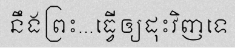
នឹងព្រះ...ធ្វើឲ្យដុះវិញទេ